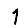
Digit: 1